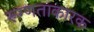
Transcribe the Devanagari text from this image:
रूग्णताकारक